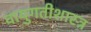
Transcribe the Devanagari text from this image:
वायुगतीशास्त्र